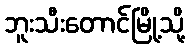
ဘူးသီးတောင်မြို့သို့